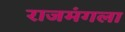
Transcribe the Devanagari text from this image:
राजमंगला